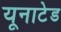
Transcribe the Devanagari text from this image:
यूनाटेड